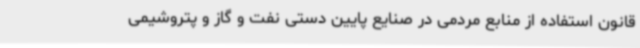
قانون استفاده از منابع مردمی در صنایع پایین دستی نفت و گاز و پتروشیمی